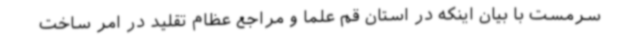
سرمست با بیان اینکه در استان قم علما و مراجع عظام تقلید در امر ساخت